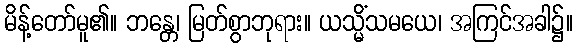
မိန့်တော်မူ၏။ ဘန္တေ၊ မြတ်စွာဘုရား။ ယသ္မိံသမယေ၊ အကြင်အခါ၌။